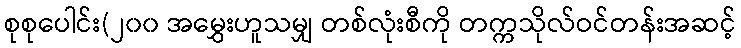
စုစုပေါင်း(၂၀၀ အမွှေးဟူသမျှ တစ်လုံးစီကို တက္ကသိုလ်ဝင်တန်းအဆင့်